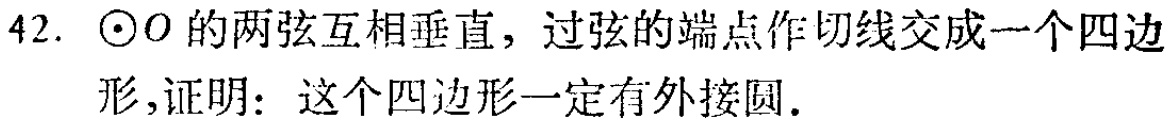
42. $\odot O$的两弦互相垂直，过弦的端点作切线交成一个四边形，证明：这个四边形一定有外接圆.